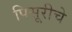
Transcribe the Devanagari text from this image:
पिसूरीचे